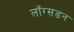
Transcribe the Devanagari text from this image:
लॉग्सडन